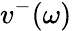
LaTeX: v^{-}(\omega)